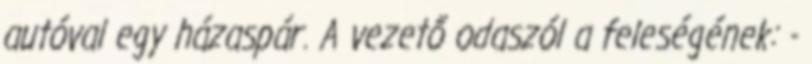
autóval egy házaspár. A vezető odaszól a feleségének: -